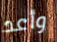
وأعد